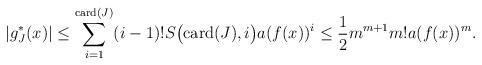
LaTeX: \begin{align*}|g_J^*(x)| \leq \sum_{i=1}^{\mathrm{card}(J)} (i-1)!S\bigl(\mathrm{card}(J),i\bigr)a(f(x))^i \leq \frac{1}{2}m^{m+1}m!a(f(x))^m.\end{align*}